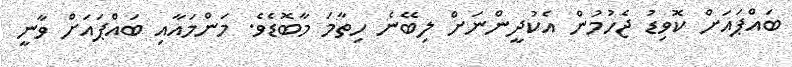
ބައްޕައަށް ކޮވިޑު ޖެހުމުން އެކުދީންނަށް ލިބޭނެ ހިތާމަ މާބޮޑެވެ. މަންމައާއި ބައްޕައަށް ވާނީ